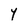
Character: 4